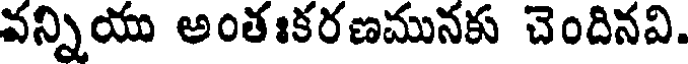
వన్నియు అంతఃకరణమునకు చెందినవి.